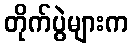
တိုက်ပွဲများက